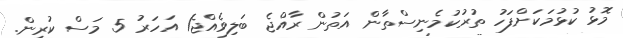
މޮޅު ކުޅުމަކަށްފަހު ތުރުކުމެނިސްތާން އަތުން ރާއްޖެ ބަލިވެއްޖެ1 އަހަރު 5 މަސް ކުރިން.